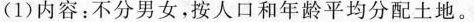
(1)内容：不分男女，按人口和年龄平均分配土地。